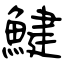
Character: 鰎